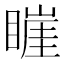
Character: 𥊅